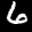
Label: 6